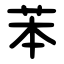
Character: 苯